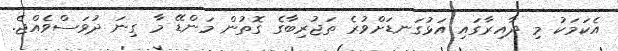
އެކަމަކު މި ދާއިރާގައި އަޅުގަނޑަށްވުރެ ތަޖުރިބާގެ ގޮތުން މަންޑޭ މާ ގިނަ ދުވަސްވެއްޖެ.